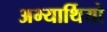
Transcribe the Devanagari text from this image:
अभ्यार्थियो